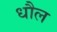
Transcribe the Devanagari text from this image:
धौल